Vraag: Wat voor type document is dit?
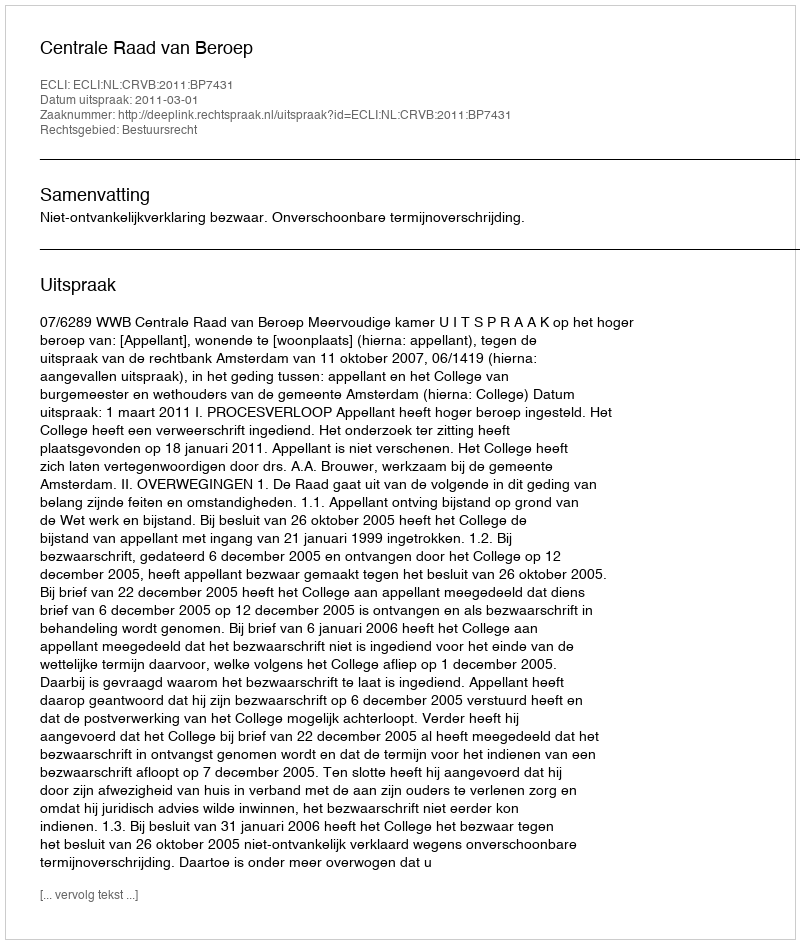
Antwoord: Uitspraak